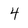
Character: 4